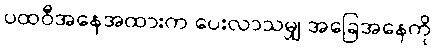
ပထဝီအနေအထားက ပေးလာသမျှ အခြေအနေကို